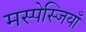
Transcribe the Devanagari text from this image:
मस्पेस्जियाँ